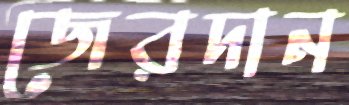
জেরদান